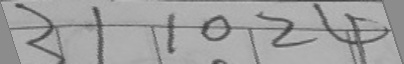
3 1 1 0 2 4